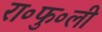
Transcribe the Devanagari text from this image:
रा॰फु॰ली